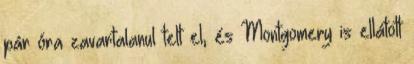
pár óra zavartalanul telt el, és Montgomery is ellátott